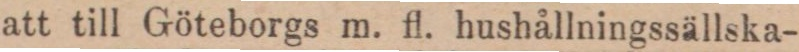
att till Göteborgs m. fl. hushållningssällska-